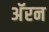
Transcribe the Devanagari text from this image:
अॅरन